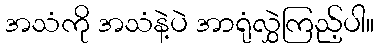
အသံကို အသံနဲ့ပဲ အာရုံလွှဲကြည့်ပါ။